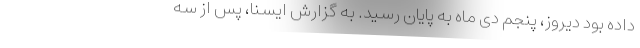
داده بود دیروز، پنجم دی ماه به پایان رسید. به گزارش ایسنا، پس از سه